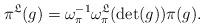
LaTeX: \begin{align*}\pi^{\mathfrak{L}}(g) = \omega_{\pi}^{-1}\omega_{\pi}^{\mathfrak{L}}(\det(g))\pi(g). \end{align*}